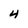
Character: 4